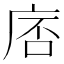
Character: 𪪓